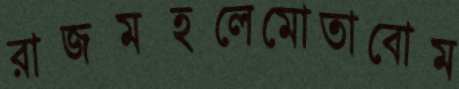
রাজমহলেমোতাবোম